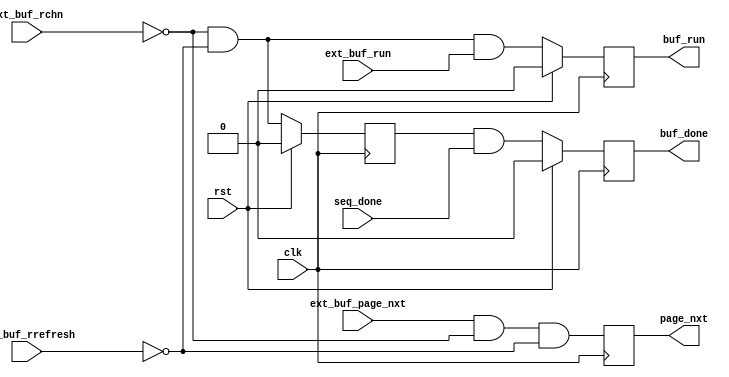
/*!
 * <b>Module:</b>mcont_common_chnbuf_reg
 * @file mcont_common_chnbuf_reg.v
 * @date 2015-01-19  
 * @author Andrey Filippov     
 *
 * @brief Registering data from channel buffer to memory controller
 *
 * @copyright Copyright (c) 2015 Elphel, Inc.
 *
 * <b>License:</b>
 *
 * mcont_common_chnbuf_reg.v is free software; you can redistribute it and/or modify
 * it under the terms of the GNU General Public License as published by
 * the Free Software Foundation, either version 3 of the License, or
 * (at your option) any later version.
 *
 *  mcont_common_chnbuf_reg.v is distributed in the hope that it will be useful,
 * but WITHOUT ANY WARRANTY; without even the implied warranty of
 * MERCHANTABILITY or FITNESS FOR A PARTICULAR PURPOSE.  See the
 * GNU General Public License for more details.
 *
 * You should have received a copy of the GNU General Public License
 * along with this program.  If not, see <http://www.gnu.org/licenses/> .
 *
 * Additional permission under GNU GPL version 3 section 7:
 * If you modify this Program, or any covered work, by linking or combining it
 * with independent modules provided by the FPGA vendor only (this permission
 * does not extend to any 3-rd party modules, "soft cores" or macros) under
 * different license terms solely for the purpose of generating binary "bitstream"
 * files and/or simulating the code, the copyright holders of this Program give
 * you the right to distribute the covered work without those independent modules
 * as long as the source code for them is available from the FPGA vendor free of
 * charge, and there is no dependence on any encrypted modules for simulating of
 * the combined code. This permission applies to you if the distributed code
 * contains all the components and scripts required to completely simulate it
 * with at least one of the Free Software programs.
 */
`timescale 1ns/1ps

module  mcont_common_chnbuf_reg #(
    parameter CHN_NUMBER=0
)(
    input rst,
    input clk,
    input                 [3:0] ext_buf_rchn,  // ==run_chn_d valid 1 cycle ahead of ext_buf_rd!, maybe not needed - will be generated externally
    input                       ext_buf_rrefresh,
    input                       ext_buf_page_nxt,
    input                       seq_done,      // sequence done
    input                       ext_buf_run,
    output reg                  buf_done,      // sequence done for the specified channel
    output reg                  page_nxt,
    output reg                  buf_run
);
    reg                 buf_chn_sel;
    always @ (posedge clk) begin
        if (rst) buf_chn_sel <= 0;
        else     buf_chn_sel <= (ext_buf_rchn==CHN_NUMBER) && !ext_buf_rrefresh;
        
        if (rst) buf_done <= 0;
        else     buf_done <= buf_chn_sel && seq_done;
        
        if (rst) buf_run <= 0;
        else     buf_run <= (ext_buf_rchn==CHN_NUMBER) && !ext_buf_rrefresh && ext_buf_run;
       
    end
    always @ (posedge clk)  page_nxt <= ext_buf_page_nxt && (ext_buf_rchn==CHN_NUMBER) && !ext_buf_rrefresh;
endmodule